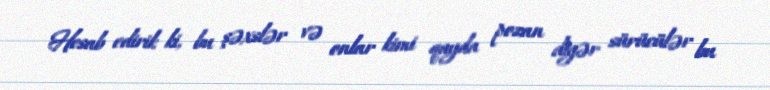
Hesab edirik ki, bu şəxslər və onlar kimi qayda pozan digər sürücülər bu